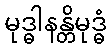
မုဒ္ဓါနန္တိမုဒ္ဓံ